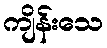
ကျိန်းသေ